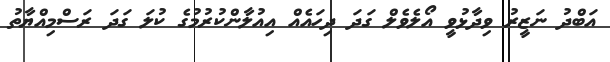
އަބްދު ނަޒީރު ވިދާޅުވީ އޯލެވެލް ގަދަ ދިހައެއް އިއުލާންކުރުމުގެ ކުލަ ގަދަ ރަސްމިއްޔާތު